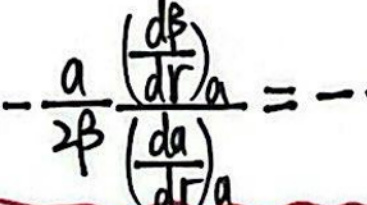
$-\frac{a}{2^{\beta}}\frac{\left(\frac{d\beta}{dr}\right)_a}{\left(\frac{da}{dr}\right)_a}=-1$